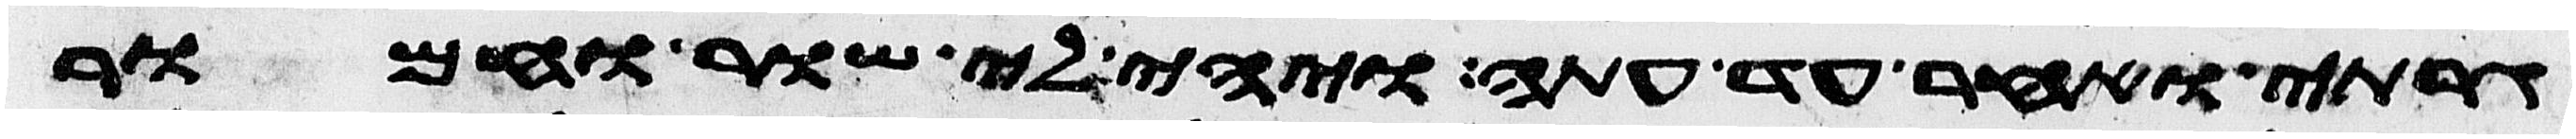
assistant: גרתי ואחר עד עתה ויהי לי שור וחמור